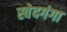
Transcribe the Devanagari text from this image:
स्वेदगंगा